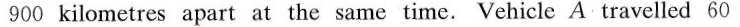
900 kilometres apart at the same time. Vehicle A travelled 60